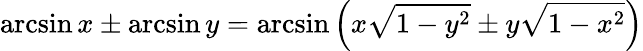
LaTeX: \arcsin x\pm\arcsin y=\arcsin\left(x{\sqrt{1-y^{2}}}\pm y{\sqrt{1-x^{2}}}\right)